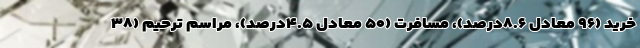
خرید (۹۶ معادل ۸.۶درصد)، مسافرت (۵۰ معادل ۴.۵درصد)، مراسم ترحیم (۳۸